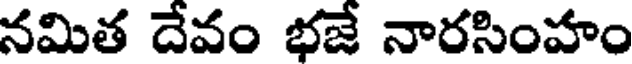
నమిత దేవం భజే నారసింహం